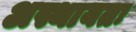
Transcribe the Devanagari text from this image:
अस्थायतः